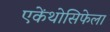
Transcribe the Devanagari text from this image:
एकेंथोसिफेला